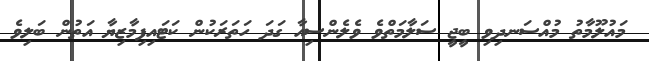
މައުލޫމާތު މުއްސަނދިވި ބީޖީ ސަލާމަތްވެ ވެލެންސިއާ ގަދަ ހަތަރަކުން ކަޓައިފިމާޒިޔާ އަތުން ބަލިވެ